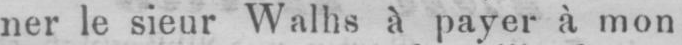
ner le sieur Walhs à payer à mon